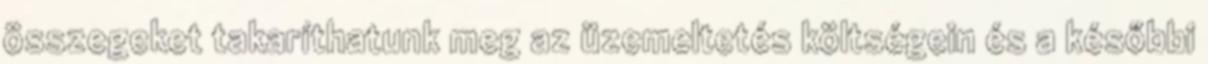
összegeket takaríthatunk meg az üzemeltetés költségein és a későbbi